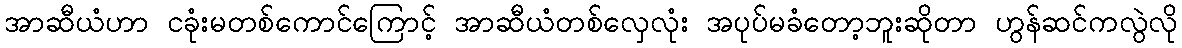
အာဆီယံဟာ ငခုံးမတစ်ကောင်ကြောင့် အာဆီယံတစ်လှေလုံး အပုပ်မခံတော့ဘူးဆိုတာ ဟွန်ဆင်ကလွဲလို